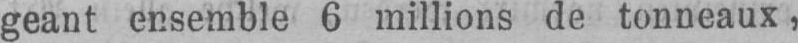
geant ensemble 6 millions de tonneaux,